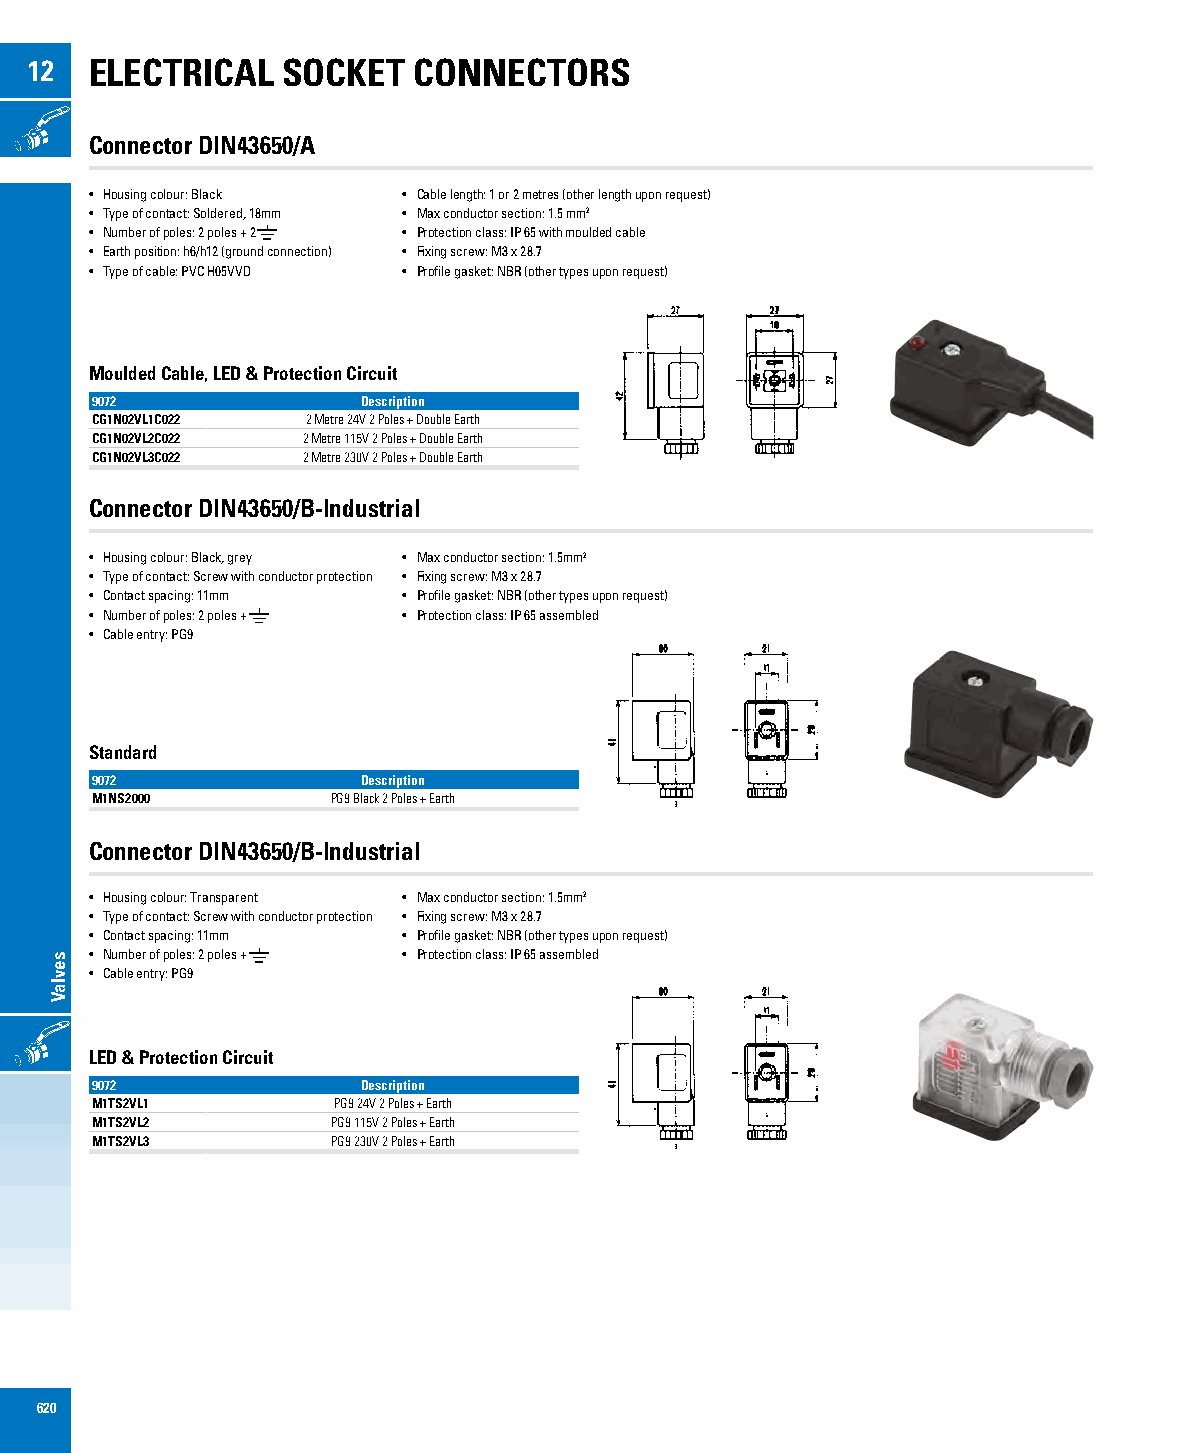
12  ELECTRICAL   SOCKET  CONNECTORS
 ONOFF
 Connector DIN43650/A
 • Housing colour: Black • Cable length: 1 or 2 metres (other length upon request)
 • Type of contact: Soldered, 18mm • Max conductor section: 1.5 mm2
 • Number of poles: 2 poles + 2 • Protection class: IP 65 with moulded cable
 • Earth position: h6/h12 (ground connection) • Fixing screw: M3 x 28.7
 • Type of cable: PVC H05VVD • Profile gasket: NBR (other types upon request)
 Moulded Cable, LED & Protection Circuit
 9072              Description
 CG1N02VL1C022 2 Metre 24V 2 Poles + Double Earth
 CG1N02VL2C022 2 Metre 115V 2 Poles + Double Earth
 CG1N02VL3C022 2 Metre 230V 2 Poles + Double Earth
 Connector DIN43650/B-Industrial
 • Housing colour: Black, grey • Max conductor section: 1.5mm2
 • Type of contact: Screw with conductor protection • Fixing screw: M3 x 28.7
 • Contact spacing: 11mm • Profile gasket: NBR (other types upon request)
 • Number of poles: 2 poles + • Protection class: IP 65 assembled
 • Cable entry: PG9
 Standard
 9072              Description
 M1NS2000        PG9 Black 2 Poles + Earth
 Connector DIN43650/B-Industrial
 • Housing colour: Transparent • Max conductor section: 1.5mm2
 • Type of contact: Screw with conductor protection • Fixing screw: M3 x 28.7
 • Contact spacing: 11mm • Profile gasket: NBR (other types upon request)
 • Number of poles: 2 poles + • Protection class: IP 65 assembled
 • Cable entry: PG9
 ONOFF
 LED & Protection Circuit
 9072              Description
 M1TS2VL1        PG9 24V 2 Poles + Earth
 M1TS2VL2        PG9 115V 2 Poles + Earth
 M1TS2VL3        PG9 230V 2 Poles + Earth
 620
 sevlaV